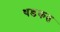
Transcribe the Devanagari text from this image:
थडकत